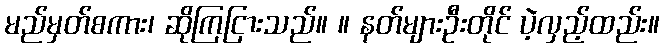
မည်မှတ်စကား၊ ဆိုကြငြားသည်။ ။ နတ်များဦးတိုင် ပဲ့လှည့်ထည်း။